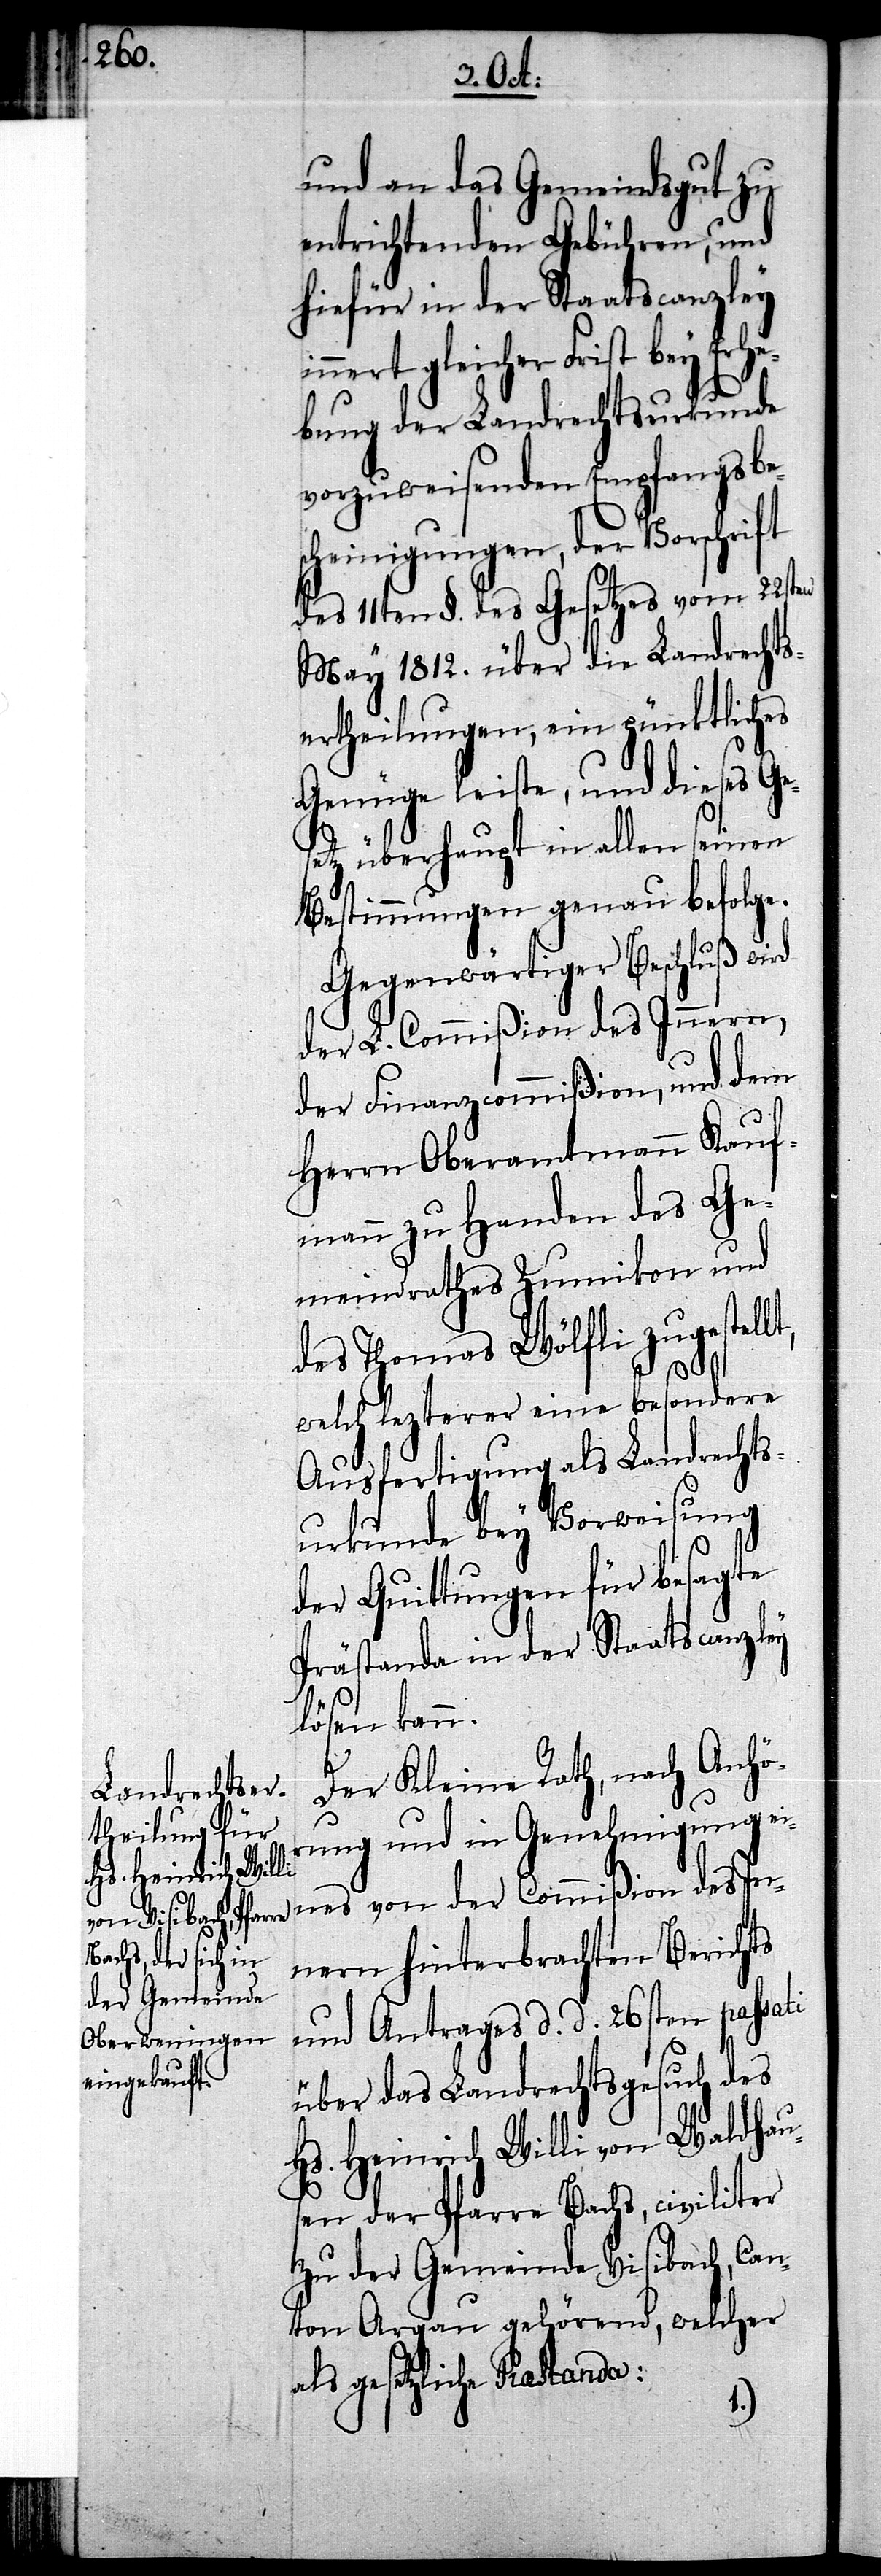
als gesetzliche

und an das Gemeindsgut zu
entrichtenden Gebühren, und
hiefür in der Staatscanzley
nert gleicher Frist bey Erhe¬
bung der Landrechtsurkunde
vorzuweisenden Empfangsbe¬
scheinigungen, der Vorschrift
des 11ten §. des Gesetzes vom 22sten
May 1812. über die Landrechts¬
ertheilungen, ein pünktliches
Genüge leiste, und dieses Ge¬
etz überhaupt in allen seinen
Bestimmungen genau befolge.
Gegenwärtiger Beschluß wird
der L. Commißion des Innern,
der Finanzcommißion, und dem
Herrn Oberamtmann Kauf¬
mann zu Handen des Ge¬
meindrathes Zumikon und
des Thomas Wölfli zugestel¬
welch lezterer eine besondere
Ausfertigung als Landrechts¬
urkunde bey Vorweisung
der Quittungen für besagte
Prästanda in der Staatscanzley
lösen kann.
Der Kleine Rath, nach Anhö¬
rung und in Genehmigung e¬
ines von der Commißion des In¬
nern hinterbrachten Berichts
und Antrages d. d. 26sten passati
über das Landrechtsgesuch des
Hs. Heinrich Willi von Waldhau¬
sen der Pfarre Bachs, civiliter
zu der Gemeinde Visibach, Can¬
ton Argau gehörend, welcher
lt,